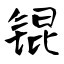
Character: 锟